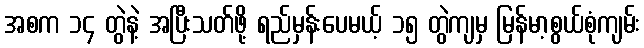
အစက ၁၄ တွဲနဲ့ အပြီးသတ်ဖို့ ရည်မှန်းပေမယ့် ၁၅ တွဲကျမှ မြန်မာ့စွယ်စုံကျမ်း